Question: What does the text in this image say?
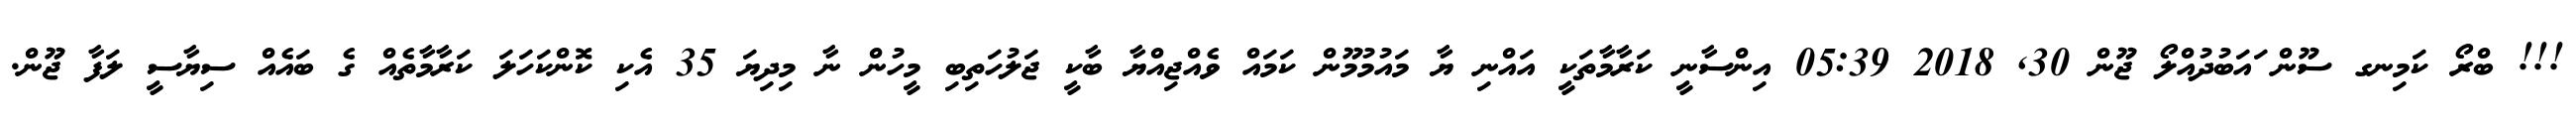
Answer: !!! ބްރޯ ކަމިނގ ސޫން ައަބުދުއްލޯ ޖޫން 30, 2018 05:39 އިންސާނީ ކަރާމާތަކީ އައްނި ޔާ މައުމުމޫން ކަމައް ވެއްޖިއްޔާ ބާކީ ޖަލުހަތިބި މީހުން ނާ މިދިޔަ 35 އެކި ކޮންކަހަލަ ކަރާމާތެއް ގެ ބައެއް ސިޔާސީ ލަފާ ޖޫން.